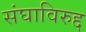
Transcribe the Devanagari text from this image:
संघाविरुद्द